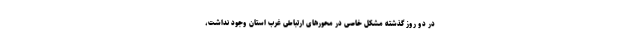
در دو روز گذشته مشکل خاصی در محورهای ارتباطی غرب استان وجود نداشت،